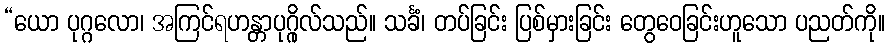
“ယော ပုဂ္ဂလော၊ အကြင်ရဟန္တာပုဂ္ဂိုလ်သည်။ သင်္ခံ၊ တပ်ခြင်း ပြစ်မှားခြင်း တွေဝေခြင်းဟူသော ပညတ်ကို။